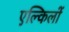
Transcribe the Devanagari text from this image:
एल्किलों